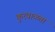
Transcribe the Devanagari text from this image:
कुरवाळता